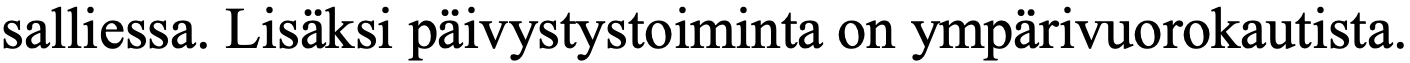
salliessa. Lisäksi päivystystoiminta on ympärivuorokautista.